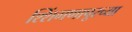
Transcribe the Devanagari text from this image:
श्शिंगणापूरच्या